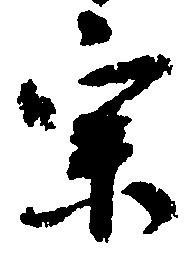
宗